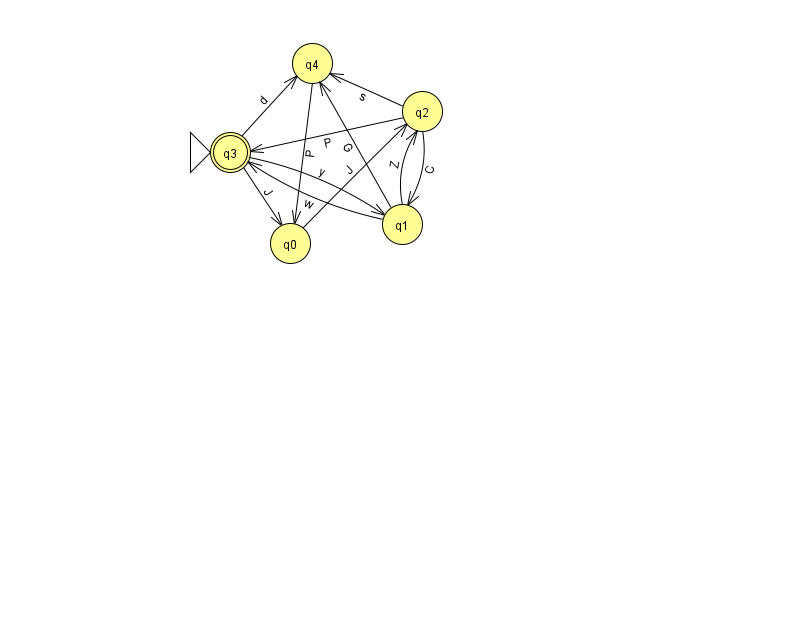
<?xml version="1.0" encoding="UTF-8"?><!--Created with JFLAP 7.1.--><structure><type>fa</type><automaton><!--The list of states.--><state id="0" name="q0"><x>290.0</x><y>230.0</y></state><state id="1" name="q1"><x>402.0</x><y>211.0</y></state><state id="2" name="q2"><x>422.0</x><y>98.0</y></state><state id="3" name="q3"><x>230.0</x><y>139.0</y><initial/><final/></state><state id="4" name="q4"><x>312.0</x><y>50.0</y></state><!--The list of transitions.--><transition><from>1</from><to>3</to><read>w</read></transition><transition><from>2</from><to>3</to><read>P</read></transition><transition><from>3</from><to>4</to><read>d</read></transition><transition><from>2</from><to>1</to><read>C</read></transition><transition><from>0</from><to>2</to><read>J</read></transition><transition><from>1</from><to>4</to><read>G</read></transition><transition><from>3</from><to>0</to><read>J</read></transition><transition><from>2</from><to>4</to><read>s</read></transition><transition><from>4</from><to>0</to><read>P</read></transition><transition><from>1</from><to>2</to><read>Z</read></transition><transition><from>3</from><to>1</to><read>y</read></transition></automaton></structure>